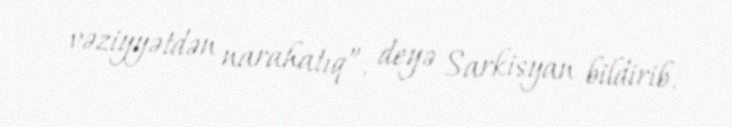
vəziyyətdən narahatıq”, deyə Sarkisyan bildirib.